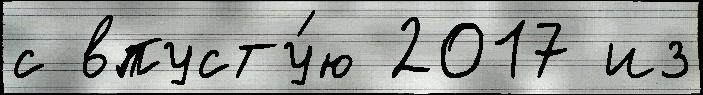
с впусту́ю 2017 из